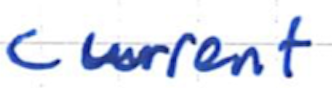
Text: current
Cross-out: clean
Writing tool: ballpoint